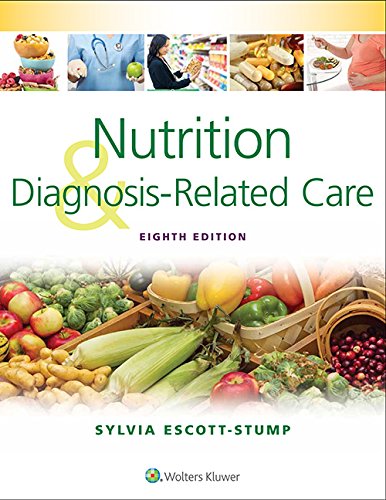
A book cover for Nutrition and Diagnosis-Related Care; Sylvia Escott-Stump MA  RD  LDN; Medical Books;